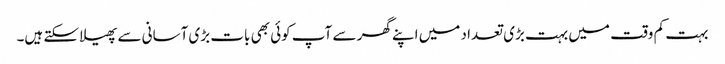
بہت کم وقت میں بہت بڑی تعداد میں اپنے گھر سے آپ کوئی بھی بات بڑی آسانی سے پھیلا سکتے ہیں۔